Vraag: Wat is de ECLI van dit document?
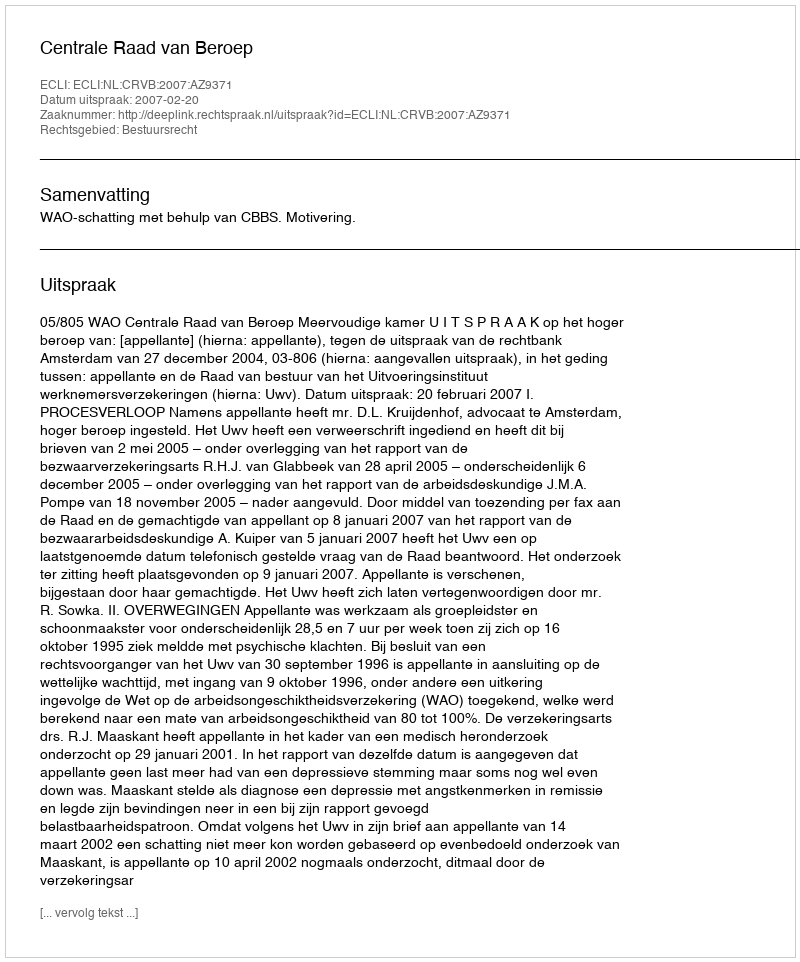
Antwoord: ECLI:NL:CRVB:2007:AZ9371